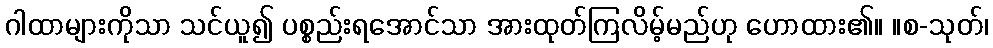
ဂါထာများကိုသာ သင်ယူ၍ ပစ္စည်းရအောင်သာ အားထုတ်ကြလိမ့်မည်ဟု ဟောထား၏။ ။စ-သုတ်၊